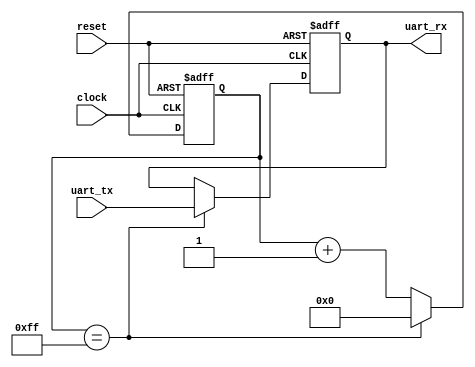
module uart_timing_control_and_sync (
    input wire clock,
    input wire reset,
    input wire uart_tx,
    output reg uart_rx
);

reg [7:0] baud_rate_counter;
reg [3:0] sample_rate_counter;

initial begin
    baud_rate_counter <= 8'b00000000;
    sample_rate_counter <= 4'b0000;
    uart_rx <= 1'b1;
end

always @(posedge clock or posedge reset) begin
    if (reset) begin
        baud_rate_counter <= 8'b00000000;
        sample_rate_counter <= 4'b0000;
        uart_rx <= 1'b1;
    end else begin
        // Baud rate generation
        if (baud_rate_counter == 8'hFF) begin
            baud_rate_counter <= 8'b00000000;
            // Shift out data from UART Tx
            uart_rx <= uart_tx;
        end else begin
            baud_rate_counter <= baud_rate_counter + 1;
        end
        
        // Sample rate adjustment
        if (sample_rate_counter == 4'hF) begin
            sample_rate_counter <= 4'b0000;
            // Clock domain crossing
            // Bit synchronization
            // Error detection and correction
            // FIFO buffer operations
        end else begin
            sample_rate_counter <= sample_rate_counter + 1;
        end
    end
end

endmodule